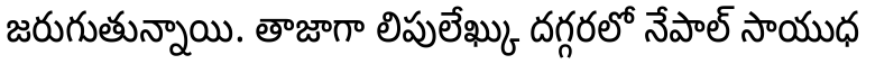
జరుగుతున్నాయి. తాజాగా లిపులేఖ్కు దగ్గరలో నేపాల్ సాయుధ